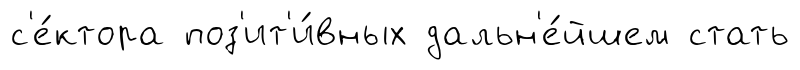
с'е́ктора поз'ит'и́вных дальн'е́йшем стать